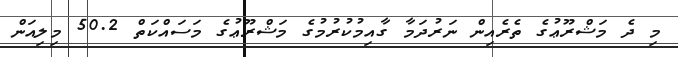
މި ދެ މަޝްރޫޢުގެ ތެރެއިން ނަރުދަމާ ގާއިމުކުރުމުގެ މަޝްރޫޢުގެ މަސައްކަތް 50.2 މިލިއަން